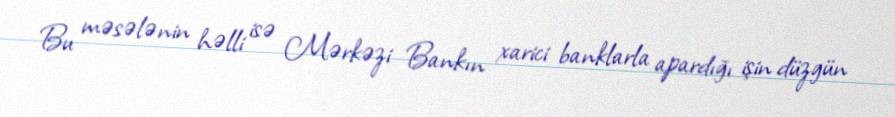
Bu məsələnin həlli isə Mərkəzi Bankın xarici banklarla apardığı işin düzgün